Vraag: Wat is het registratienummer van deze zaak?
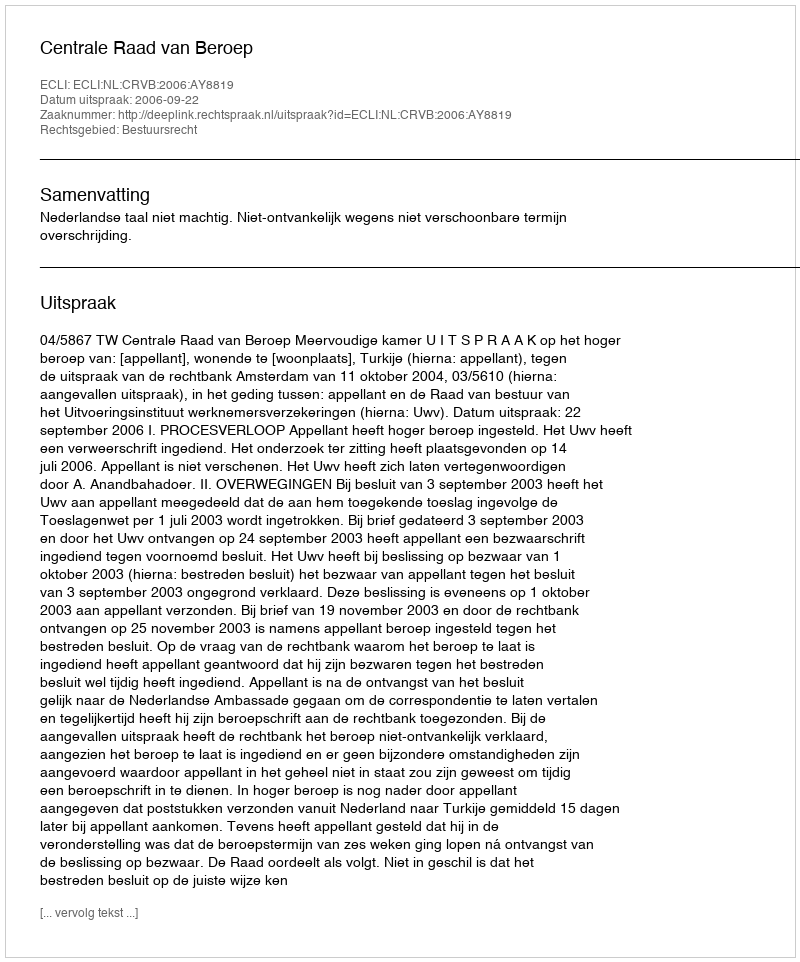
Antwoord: http://deeplink.rechtspraak.nl/uitspraak?id=ECLI:NL:CRVB:2006:AY8819